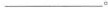
___∘